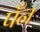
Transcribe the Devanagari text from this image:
पँन